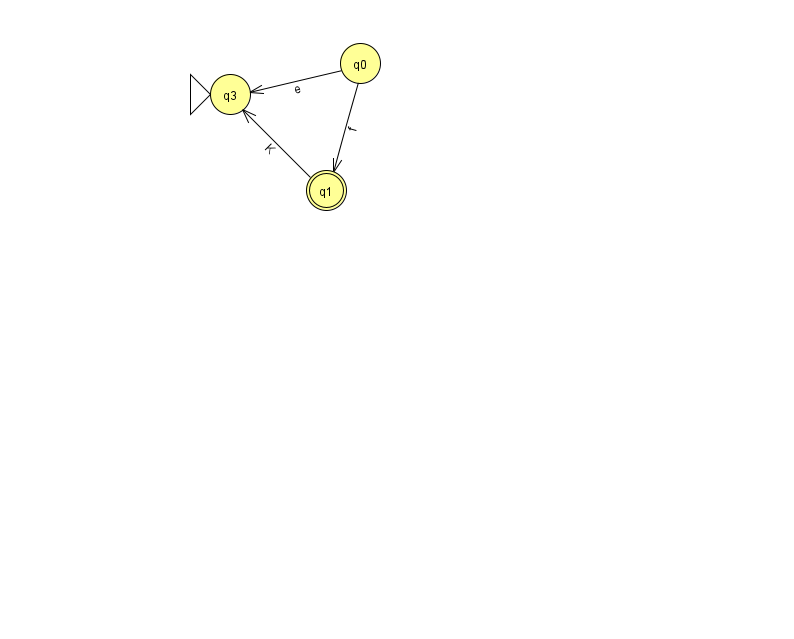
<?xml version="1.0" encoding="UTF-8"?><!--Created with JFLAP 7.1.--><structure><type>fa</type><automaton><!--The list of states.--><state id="0" name="q0"><x>360.0</x><y>50.0</y></state><state id="1" name="q1"><x>326.0</x><y>177.0</y><final/></state><state id="3" name="q3"><x>230.0</x><y>81.0</y><initial/></state><!--The list of transitions.--><transition><from>0</from><to>3</to><read>e</read></transition><transition><from>0</from><to>1</to><read>f</read></transition><transition><from>1</from><to>3</to><read>K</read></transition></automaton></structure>